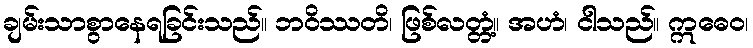
ချမ်းသာစွာနေရခြင်းသည်။ ဘဝိဿတိ၊ ဖြစ်လတ္တံ့။ အဟံ၊ ငါသည်။ ဣဓေဝ၊